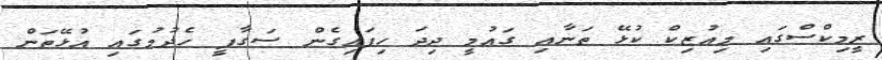
ރީމިކްސްގައި މިއުޒިކް ކުޅޭ ތަނާއި ގައުމީ ދިދަ ހިފައިގެން ސަގާފީ ހެދުމުގައި އުޅޭތަން